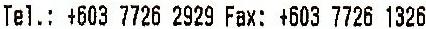
TEL.: +603 7726 2929 FAX: +603 7726 1326